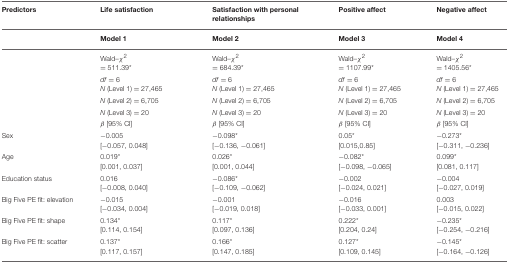
<table><thead><tr><td><b>Predictors</b></td><td><b>Life satisfaction</b></td><td><b>Satisfaction with personal relationships</b></td><td><b>Positive affect</b></td><td><b>Negative affect</b></td></tr><tr><td></td><td><b>Model 1</b></td><td><b>Model 2</b></td><td><b>Model 3</b></td><td><b>Model 4</b></td></tr></thead><tbody><tr><td></td><td>Wald–<i>χ<sup>2</sup></i> = 511.39<sup>*</sup></td><td>Wald–<i>χ<sup>2</sup></i> = 684.39<sup>*</sup></td><td>Wald–<i>χ<sup>2</sup></i> = 1107.99<sup>*</sup></td><td>Wald–<i>χ<sup>2</sup></i> = 1405.56<sup>*</sup></td></tr><tr><td></td><td><i>df</i> = 6<i>N</i> (Level 1) = 27,465</td><td><i>df</i> = 6<i>N</i> (Level 1) = 27,465</td><td><i>df</i> = 6<i>N</i> (Level 1) = 27,465</td><td><i>df</i> = 6<i>N</i> (Level 1) = 27,465</td></tr><tr><td></td><td><i>N</i> (Level 2) = 6,705</td><td><i>N</i> (Level 2) = 6,705</td><td><i>N</i> (Level 2) = 6,705</td><td><i>N</i> (Level 2) = 6,705</td></tr><tr><td></td><td><i>N</i> (Level 3) = 20</td><td><i>N</i> (Level 3) = 20</td><td><i>N</i> (Level 3) = 20</td><td><i>N</i> (Level 3) = 20</td></tr><tr><td></td><td>β [95% CI]</td><td>β [95% CI]</td><td>β [95% CI]</td><td>β [95% CI]</td></tr><tr><td>Sex</td><td>−0.005 [−0.057, 0.048]</td><td>−0.098<sup>*</sup> [−0.136, −0.061]</td><td>0.05<sup>*</sup> [0.015,0.85]</td><td>−0.273<sup>*</sup> [−0.311, −0.236]</td></tr><tr><td>Age</td><td>0.019<sup>*</sup> [0.001, 0.037]</td><td>0.026<sup>*</sup> [0.001, 0.044]</td><td>−0.082<sup>*</sup> [−0.098, −0.065]</td><td>0.099<sup>*</sup> [0.081, 0.117]</td></tr><tr><td>Education status</td><td>0.016 [−0.008, 0.040]</td><td>−0.086<sup>*</sup> [−0.109, −0.062]</td><td>−0.002 [−0.024, 0.021]</td><td>−0.004 [−0.027, 0.019]</td></tr><tr><td>Big Five PE fit: elevation</td><td>−0.015 [−0.034, 0.004]</td><td>−0.001 [−0.019, 0.018]</td><td>−0.016 [−0.033, 0.001]</td><td>0.003 [−0.015, 0.022]</td></tr><tr><td>Big Five PE fit: shape</td><td>0.134<sup>*</sup> [0.114, 0.154]</td><td>0.117<sup>*</sup> [0.097, 0.136]</td><td>0.222<sup>*</sup> [0.204, 0.24]</td><td>−0.235<sup>*</sup> [−0.254, −0.216]</td></tr><tr><td>Big Five PE fit: scatter</td><td>0.137<sup>*</sup> [0.117, 0.157]</td><td>0.166<sup>*</sup> [0.147, 0.185]</td><td>0.127<sup>*</sup> [0.109, 0.145]</td><td>−0.145<sup>*</sup> [−0.164, −0.126]</td></tr></tbody></table>